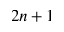
2 n + 1